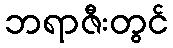
ဘရာဇီးတွင်